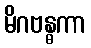
မိဂဗန္ဓကာ